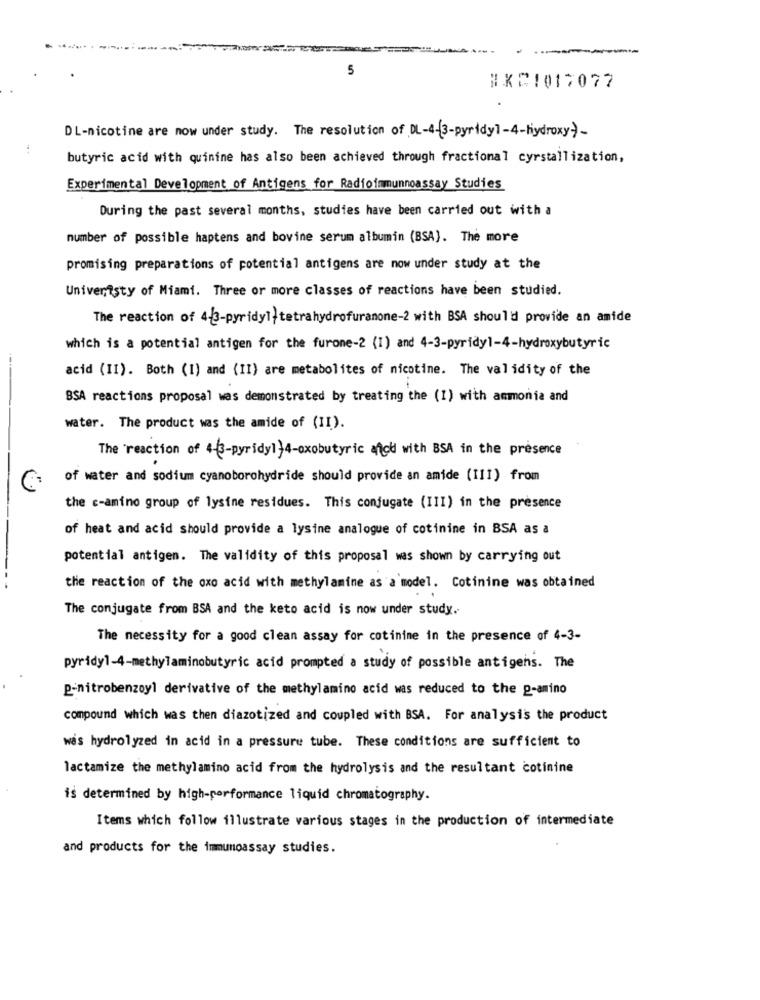
5
HKC1017077
DL-nicotine are now under study. The resolution of DL-4-3-pyridy1-4-hydroxy->-
butyric acid with quinine has also been achieved through fractional cyrstallization,
Experimental Development of Antigens for Radioimmunoassay Studies
During the past several months, studies have been carried out with a
number of possible haptens and bovine serum albumin (BSA). The more
promising preparations of potential antigens are now under study at the
Univeristy of Miami. Three or more classes of reactions have been studied.
The reaction of 4-3-pyridy1}tetrahydrofuranone-2 with BSA should provide an amide
which is a potential antigen for the furone-2 (1) and 4-3-pyridy1-4-hydroxybutyric
acid (II). Both (1) and (II) are metabolites of nicotine. The validity of the
BSA reactions proposal was demonstrated by treating the (1) with ammonia and
water. The product was the amide of (II).
The reaction of 4-3-pyridy1}4-oxobutyric ted with BSA in the presence
of water and sodium cyanoborohydride should provide an amide (III) from
the c-amino group of lysine residues. This conjugate (III) in the presence
of heat and acid should provide a lysine analogue of cotinine in BSA as a
potential antigen. The validity of this proposal was shown by carrying out
the reaction of the oxo acid with methylamine as a model. Cotinine was obtained
The conjugate from BSA and the keto acid is now under study.
The necessity for a good clean assay for cotinine in the presence of 4-3-
pyridyl-4-methylaminobutyric acid prompted a study of possible antigens. The
p-nitrobenzoyl derivative of the methylamino acid was reduced to the p-amino
compound which was then diazotized and coupled with BSA. For analysis the product
was hydrolyzed in acid in a pressure tube. These conditions are sufficient to
lactamize the methylamino acid from the hydrolysis and the resultant cotinine
is determined by high-performance liquid chromatography.
Items which follow illustrate various stages in the production of intermediate
and products for the immunoassay studies.